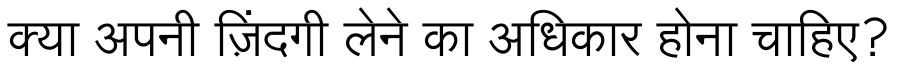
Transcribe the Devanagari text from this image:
क्या अपनी ज़िंदगी लेने का अधिकार होना चाहिए?